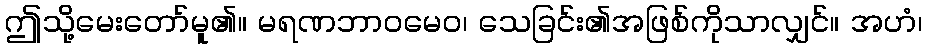
ဤသို့မေးတော်မူ၏။ မရဏဘာဝမေဝ၊ သေခြင်း၏အဖြစ်ကိုသာလျှင်။ အဟံ၊